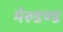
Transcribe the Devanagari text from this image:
मेरुडण्ड